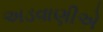
અડવાણીએ